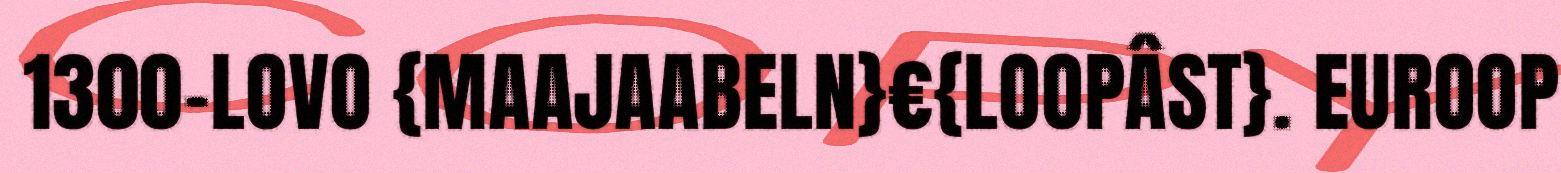
1300-LOVO {MAAJAABELN}€{LOOPÂST}. EUROOP